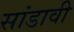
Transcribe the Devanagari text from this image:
सांडावी